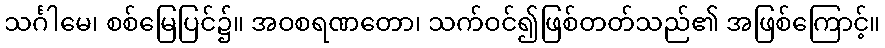
သင်္ဂါမေ၊ စစ်မြေပြင်၌။ အဝစရဏတော၊ သက်ဝင်၍ဖြစ်တတ်သည်၏ အဖြစ်ကြောင့်။